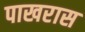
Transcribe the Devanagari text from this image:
पाखरास